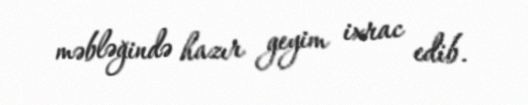
məbləğində hazır geyim ixrac edib.